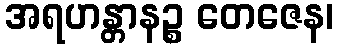
အရဟန္တာနဉ္စ တေဇေန၊